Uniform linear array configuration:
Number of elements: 24
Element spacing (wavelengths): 1
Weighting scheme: exponential
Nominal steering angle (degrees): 30
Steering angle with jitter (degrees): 31.431
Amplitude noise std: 0.05
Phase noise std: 0.05

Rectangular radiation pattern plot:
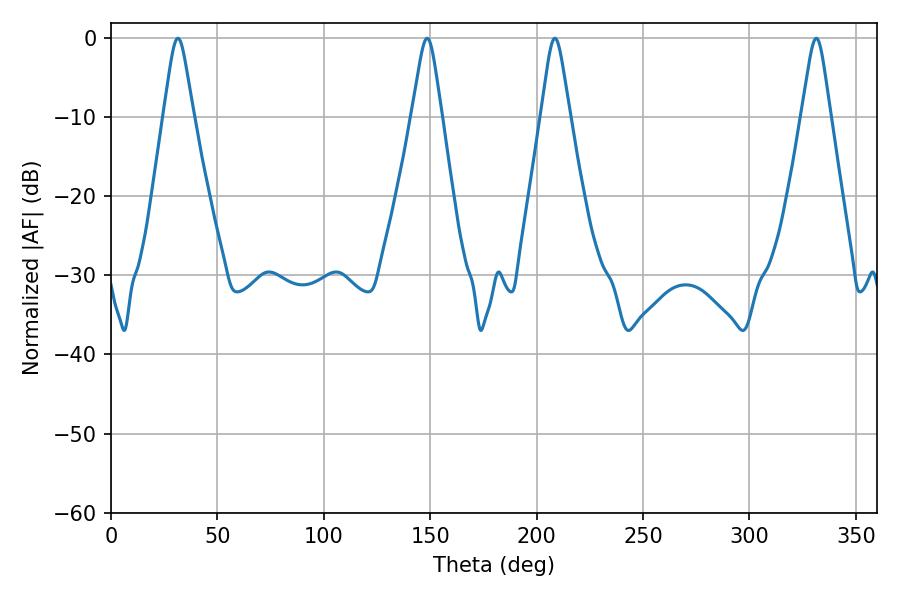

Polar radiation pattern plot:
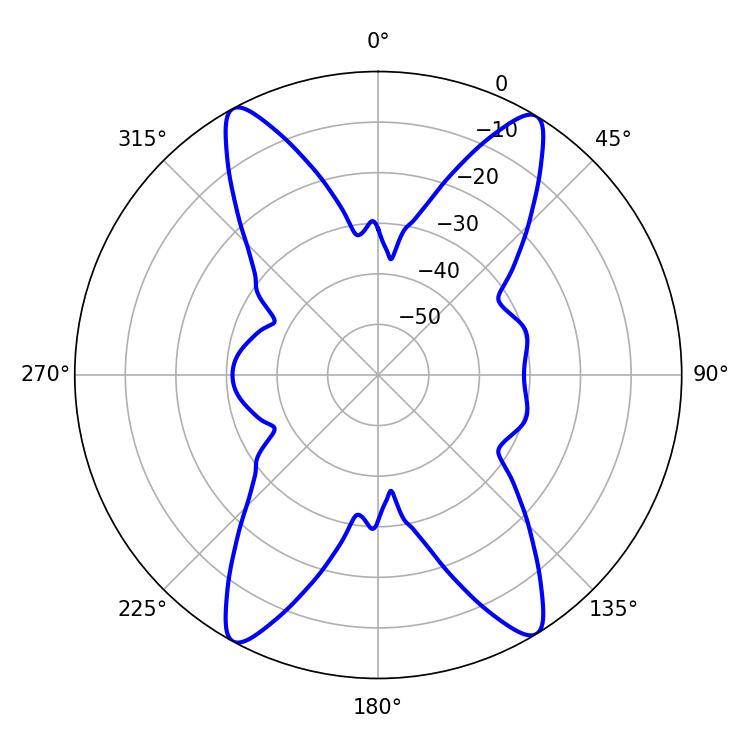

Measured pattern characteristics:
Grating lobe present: TRUE
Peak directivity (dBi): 20.738
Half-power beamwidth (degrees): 6.48
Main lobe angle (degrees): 208.62